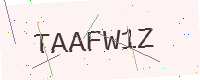
Text: TAAFW1Z